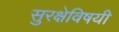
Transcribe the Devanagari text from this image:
सुरक्षेविषयी